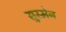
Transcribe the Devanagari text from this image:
सुस्मेन